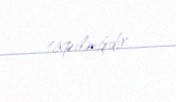
tapılmışdır.